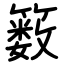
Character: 䉤